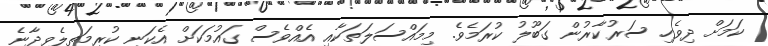
ކަމަށް ދިވެހި ސަރުކާރުން ގަބޫލު ކުރަމެވެ. މިމައްސަލަތަކާއި އެއްވެސް ގައުމަކަށް އެކަނި ކުރިމަތިލެވިދާނެ